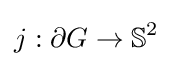
j:\partial G\to \mathbb {S} ^{2}